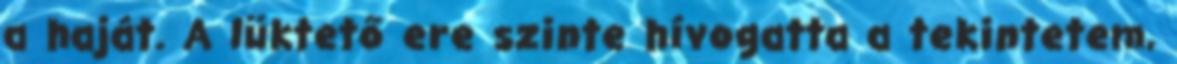
a haját. A lüktető ere szinte hívogatta a tekintetem,